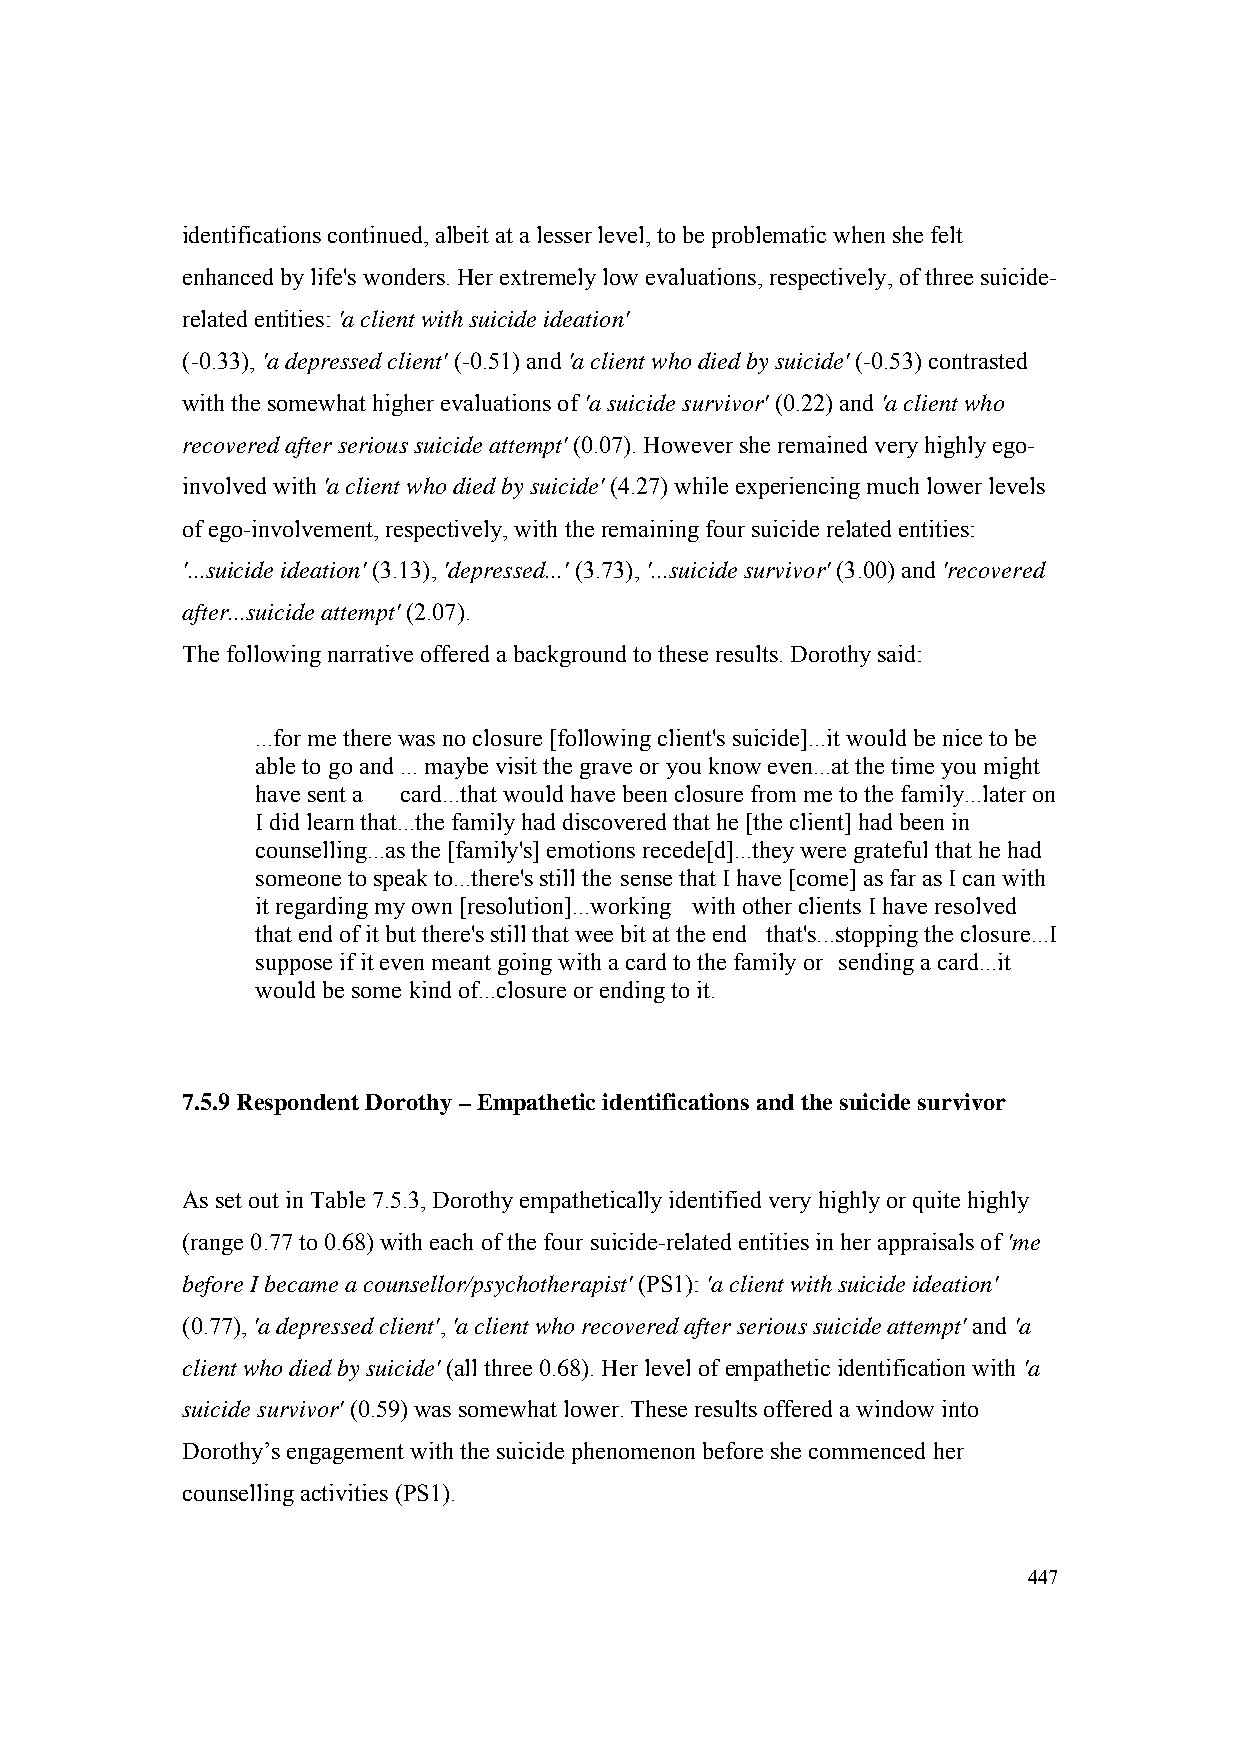
identifications continued, albeit at a lesser level, to be problematic when she felt
 enhanced by life's wonders. Her extremely low evaluations, respectively, of three suicide-
 related entities: 'a client with suicide ideation'
 (-0.33), 'a depressed client' (-0.51) and 'a client who died by suicide' (-0.53) contrasted
 with the somewhat higher evaluations of 'a suicide survivor' (0.22) and 'a client who
 recovered after serious suicide attempt' (0.07). However she remained very highly ego-
 involved with 'a client who died by suicide' (4.27) while experiencing much lower levels
 of ego-involvement, respectively, with the remaining four suicide related entities:
 '...suicide ideation' (3.13), 'depressed...' (3.73), '...suicide survivor' (3.00) and 'recovered
 after...suicide attempt' (2.07).
 The following narrative offered a background to these results. Dorothy said:
 ...for me there was no closure [following client's suicide]...it would be nice to be
 able to go and ... maybe visit the grave or you know even...at the time you might
 have sent a card...that would have been closure from me to the family...later on
 I did learn that...the family had discovered that he [the client] had been in
 counselling...as the [family's] emotions recede[d]...they were grateful that he had
 someone to speak to...there's still the sense that I have [come] as far as I can with
 it regarding my own [resolution]...working with other clients I have resolved
 that end of it but there's still that wee bit at the end that's...stopping the closure...I
 suppose if it even meant going with a card to the family or sending a card...it
 would be some kind of...closure or ending to it.
 7.5.9 Respondent Dorothy – Empathetic identifications and the suicide survivor
 As set out in Table 7.5.3, Dorothy empathetically identified very highly or quite highly
 (range 0.77 to 0.68) with each of the four suicide-related entities in her appraisals of 'me
 before I became a counsellor/psychotherapist' (PS1): 'a client with suicide ideation'
 (0.77), 'a depressed client', 'a client who recovered after serious suicide attempt' and 'a
 client who died by suicide' (all three 0.68). Her level of empathetic identification with 'a
 suicide survivor' (0.59) was somewhat lower. These results offered a window into
 Dorothy’s engagement with the suicide phenomenon before she commenced her
 counselling activities (PS1).
 447